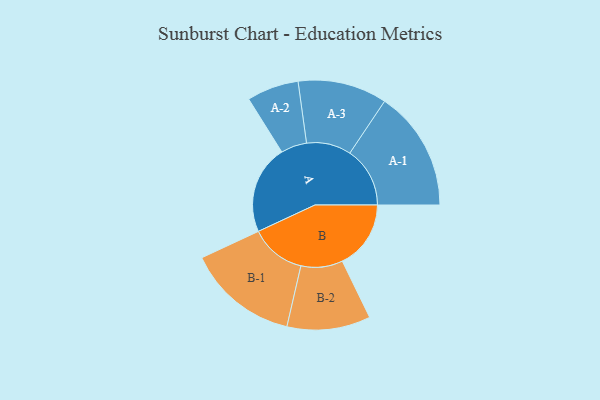
{"axis": {"x": "Segment", "y": "Value"}, "legend": ["", "A", "B"], "data": [{"x": "A", "y": 400, "type": ""}, {"x": "B", "y": 309, "type": ""}, {"x": "A-1", "y": 271, "type": "A"}, {"x": "A-2", "y": 117, "type": "A"}, {"x": "A-3", "y": 201, "type": "A"}, {"x": "B-1", "y": 251, "type": "B"}, {"x": "B-2", "y": 188, "type": "B"}]}